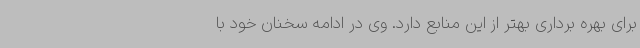
برای بهره برداری بهتر از این منابع دارد. وی در ادامه سخنان خود با